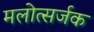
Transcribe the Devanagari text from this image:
मलोत्सर्जक